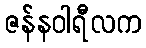
ဇန်နဝါရီလက